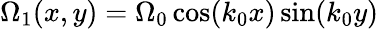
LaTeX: \Omega_{1}(x,y)=\Omega_{0}\cos(k_{0}x)\sin(k_{0}y)